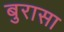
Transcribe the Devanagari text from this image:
बुरासा